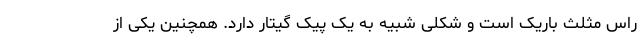
راس مثلث باریک است و شکلی شبیه به یک پیک گیتار دارد. همچنین یکی از